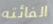
الفائته